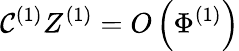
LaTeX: \mathcal{C}^{(1)}Z^{(1)}=O\left(\Phi^{(1)}\right)